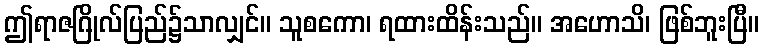
ဤရာဇဂြိုလ်ပြည်၌သာလျှင်။ သူစကော၊ ရထားထိန်းသည်။ အဟောသိ၊ ဖြစ်ဘူးပြီ။